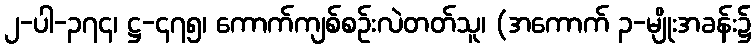
၂-ပါ-၃၇၄၊ ဋ္ဌ-၄၇၅၊ ကောက်ကျစ်စဉ်းလဲတတ်သူ၊ (အကောက် ၃-မျိုးအခန်း၌